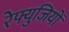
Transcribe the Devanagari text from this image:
रेफ्युजियों